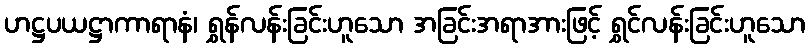
ဟဋ္ဌပယဋ္ဌာကာရာနံ၊ ရွှန်လန်းခြင်းဟူသော အခြင်းအရာအားဖြင့် ရွှင်လန်းခြင်းဟူသော